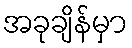
အခုချိန်မှာ